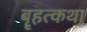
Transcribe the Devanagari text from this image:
बॄहत्कथा